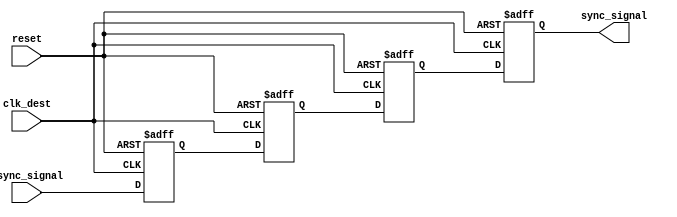
module tff_synchronizer (
    input wire clk_dest,         // Destination clock
    input wire async_signal,     // Asynchronous input signal to be synchronized
    input wire reset,            // Optional reset signal
    output reg sync_signal       // Synchronized output signal
);

    // Internal flip-flop signals
    reg ff1, ff2, ff3;

    // Always block for the synchronous reset and flip-flop behavior
    always @(posedge clk_dest or posedge reset) begin
        if (reset) begin
            // Reset all flip-flops to 0
            ff1 <= 1'b0;
            ff2 <= 1'b0;
            ff3 <= 1'b0;
            sync_signal <= 1'b0;
        end else begin
            // Capture the asynchronous signal across three flip-flops
            ff1 <= async_signal;  // First flip-flop captures async_signal
            ff2 <= ff1;           // Second flip-flop captures ff1
            ff3 <= ff2;           // Third flip-flop captures ff2
            sync_signal <= ff3;   // Output the synchronized signal
        end
    end

endmodule